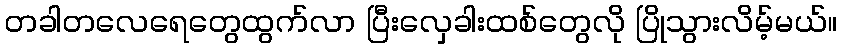
တခါတလေရေတွေထွက်လာ ပြီးလှေခါးထစ်တွေလို ပြိုသွားလိမ့်မယ်။